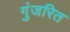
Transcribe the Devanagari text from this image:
गुंजरित